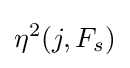
\eta ^{2}(j,F_{s})